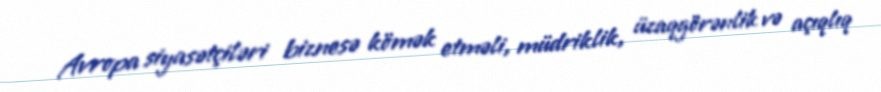
Avropa siyasətçiləri biznesə kömək etməli, müdriklik, üzaqgörənlik və açıqlıq